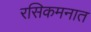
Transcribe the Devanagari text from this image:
रसिकमनात